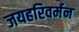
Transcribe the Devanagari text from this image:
जयहरिवर्मन